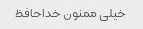
خیلی ممنون خداحافظ